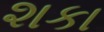
શકા